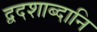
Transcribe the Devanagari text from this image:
द्वदशाब्दानि